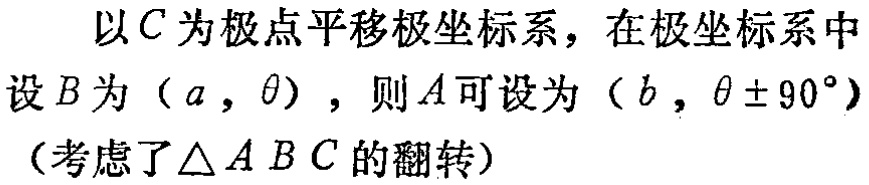
以\(C\)为极点平移极坐标系，在极坐标系中设\(B\)为\((a,\theta)\)，则\(A\)可设为\((b,\theta\pm90^{\circ})\)（考虑了\(\triangle ABC\)的翻转）